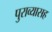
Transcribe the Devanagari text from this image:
पुराव्यासह